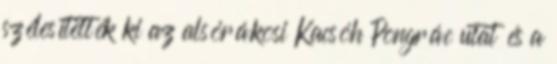
szélesítették ki az alsórákosi Kacsóh Pongrác utat és a